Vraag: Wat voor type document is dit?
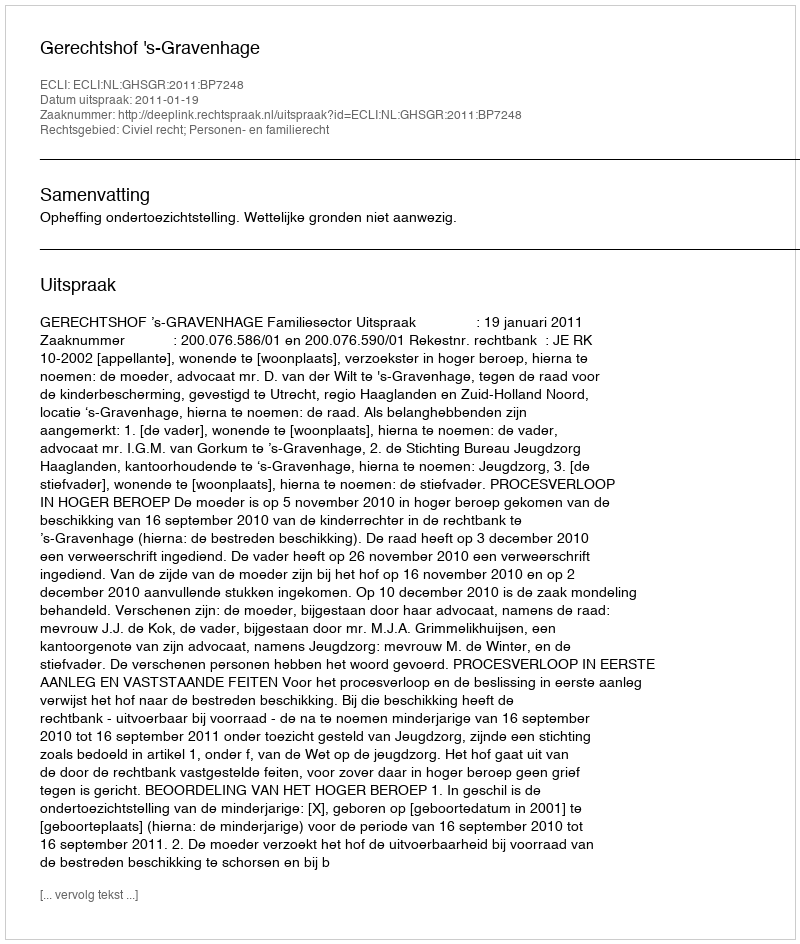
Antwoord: Uitspraak